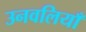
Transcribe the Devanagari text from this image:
उनवलियाँ